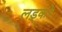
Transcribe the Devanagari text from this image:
लड़्कों